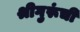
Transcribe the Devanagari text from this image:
श्रीगुरूंची